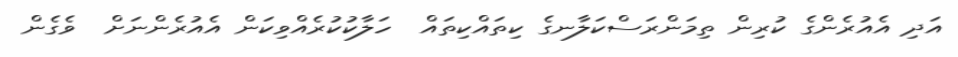
އަދި އެއުރެންގެ ކުރިން ތިމަންރަސްކަލާނގެ ކިތައްކިތައް  ހަލާކުކުރެއްވިކަން އެއުރެންނަށް  ވެގެން